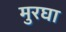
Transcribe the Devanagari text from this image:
मुरघा